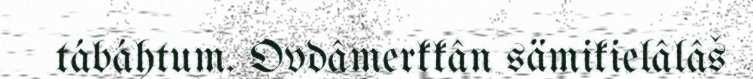
tábáhtum. Ovdâmerkkân sämikielâlâš